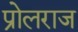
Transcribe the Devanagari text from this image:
प्रोलराज